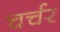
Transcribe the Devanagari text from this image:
चर्चर